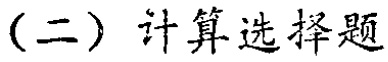
（二）计算选择题